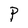
Character: P